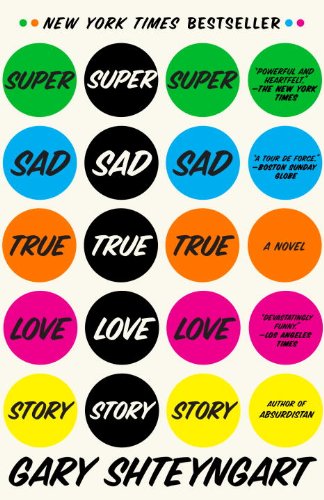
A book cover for Super Sad True Love Story: A Novel; Gary Shteyngart; Science Fiction & Fantasy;